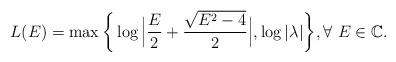
LaTeX: \begin{align*}L(E)=\max\bigg\{\log \Big|\frac{E}{2}+\frac{\sqrt{E^{2}-4}}{2}\Big|,\log |\lambda|\bigg\}, \forall \ E\in \mathbb{C}.\end{align*}